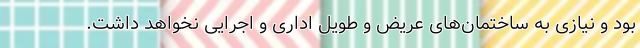
بود و نیازی به ساختمان‌های عریض و طویل اداری و اجرایی نخواهد داشت.